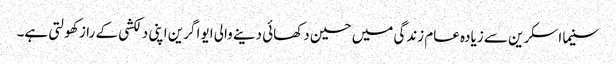
سنیما اسکرین سے زیادہ عام زندگی میں حسین دکھائی دینے والی ایوا گرین اپنی دلکشی کے راز کھولتی ہے۔